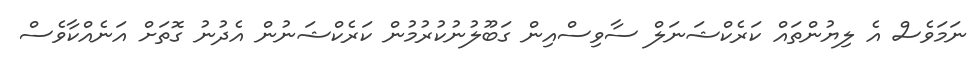
ނަމަވެސް އެ ލިޔުންތައް ކަރެކްޝަނަލް ސާވިސްއިން ގަބޫލުނުކުރުމުން ކަރެކްޝަނުން އެދުނު ގޮތަށް އަނެއްކާވެސް